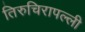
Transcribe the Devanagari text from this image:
तिरुचिरापल्‍ली